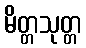
မိတ္တသုတ္တ